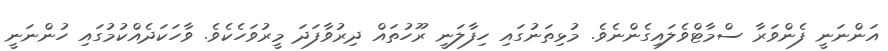
އަންނަނީ ފެންވަރާ ސްމާޓްވެލައިގެންނެވެ. މުޅިތަނުގައި ހިފާލަނީ ރޫހުތައް ދިރުވާފަދަ މީރުވަހެކެވެ. ވާހަކަދެއްކުމުގައި ހުންނަނީ